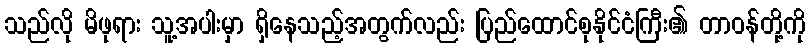
သည်လို မိဖုရား သူ့အပါးမှာ ရှိနေသည့်အတွက်လည်း ပြည်ထောင်စုနိုင်ငံကြီး၏ တာဝန်တို့ကို